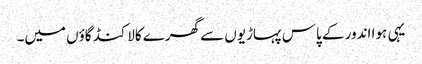
یہی ہوا اندور کے پاس پہاڑیوں سے گھرے کالاکنڈ گاؤں میں۔